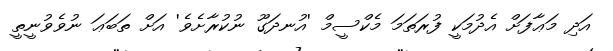
އަދި މަޢާފަށް އެދުމަކީ ފުރަތަމަ މެކްސީމް 'އުނދަގޫ ނުކުރާށެވެ' އަށް ތަބަޢަ ނުވެވުނީތީ